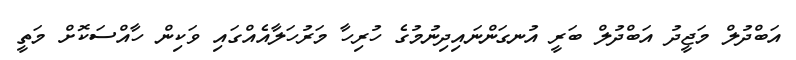
އަބްދުލް މަޖީދު އަބްދުލް ބަރީ އުނގަންނައިދިނުމުގެ ހުރިހާ މަރުހަލާއެއްގައި ވަކިން ހާއްސަކޮށް މަތީ